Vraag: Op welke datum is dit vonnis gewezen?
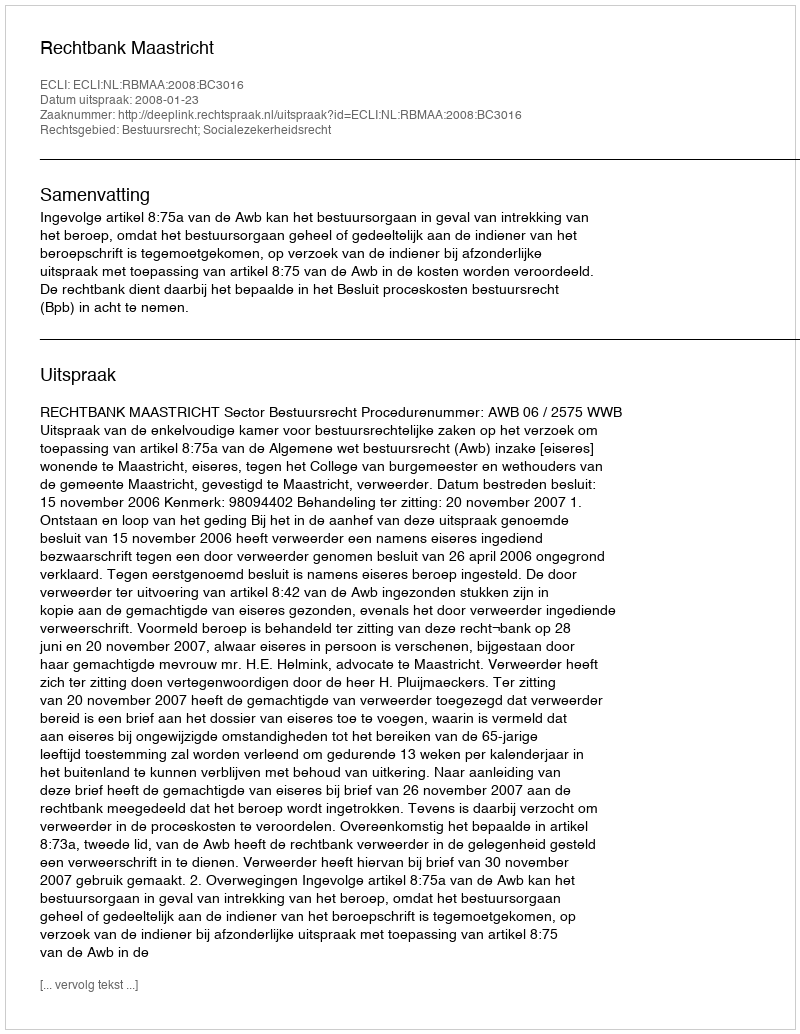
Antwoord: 2008-01-23